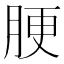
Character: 𦛟